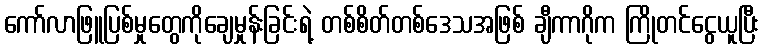
ကော်လာဖြူပြစ်မှုတွေကိုချေမှုန်းခြင်းရဲ့ တစ်စိတ်တစ်ဒေသအဖြစ် ချီကာဂိုက ကြိုတင်ငွေယူပြီး